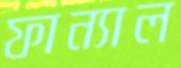
ফান্যাল